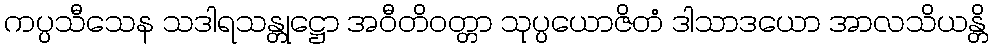
ကပ္ပသီသေန သဒါရသန္တုဋ္ဌော အဝီတိဝတ္တာ သုပ္ပယောဇိတံ ဒါသာဒယော အာလသိယန္တိ